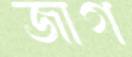
জাগ